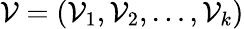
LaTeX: \mathcal{V}=(\mathcal{V}_{1},\mathcal{V}_{2},\ldots,\mathcal{V}_{k})